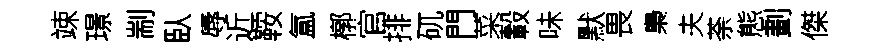
竦璟剬臥辱近鞍氲槨官排矹門菜轂味默畏梟夫荼態劃傑